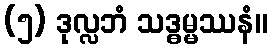
(၅) ဒုလ္လဘံ သဒ္ဓမ္မဿနံ။